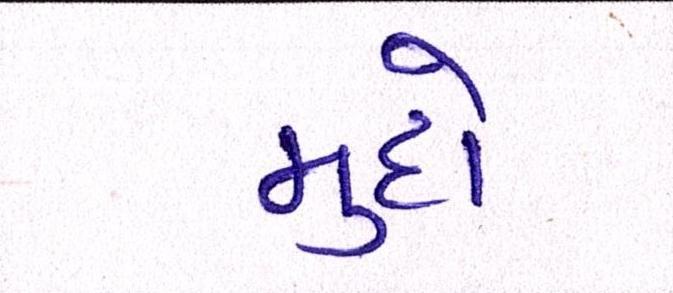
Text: મુદો